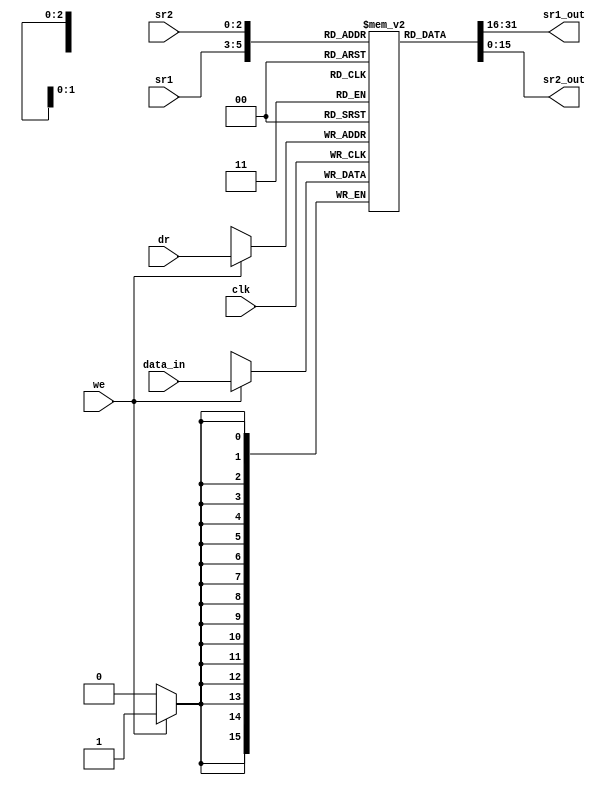
//////////////////////////////////////////////////////////////////////////////////
//
// Modules: RegFile
// Description: Register file. 8, 16-bit registers, R0-R7. Asynchronous reads,
//              synchronous writes.
//
//////////////////////////////////////////////////////////////////////////////////

`ifndef REG_FILE_V
`define REG_FILE_V

module RegFile(
    // If we're testing, then we'll want to observe the register contents
    `ifdef TESTING
        output [127:0] reg_contents,
    `endif

    input clk,
    input [2:0] sr1,
    input [2:0] sr2,
    input we,
    input [2:0] dr,
    input [15:0] data_in,
    output [15:0] sr1_out,
    output [15:0] sr2_out
);

    reg [15:0] storage [0:7];

    `ifdef TESTING
        assign reg_contents = {storage[0], storage[1], storage[2], storage[3],
            storage[4], storage[5], storage[6], storage[7]};
    `endif

    initial begin
        storage[0] = 1;
        storage[1] = 2;
        storage[2] = 3;
        storage[3] = 4;
        storage[4] = 5;
        storage[5] = 6;
        storage[6] = 7;
        storage[7] = 8;
    end

    assign sr1_out = storage[sr1];
    assign sr2_out = storage[sr2];

    always @(posedge clk) begin
        if (we == 1) begin
            storage[dr] <= data_in;
        end
    end

endmodule

`endif // REG_FILE_V